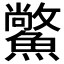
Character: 𩻪